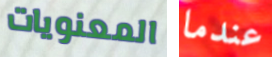
المعنويات عندما